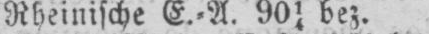
Rheinische E.⸗A. 9014 bez.